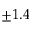
\pm 1 . 4